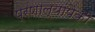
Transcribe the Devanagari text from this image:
प्रणाल्यांपैकी